Report on horse surra - Volume I
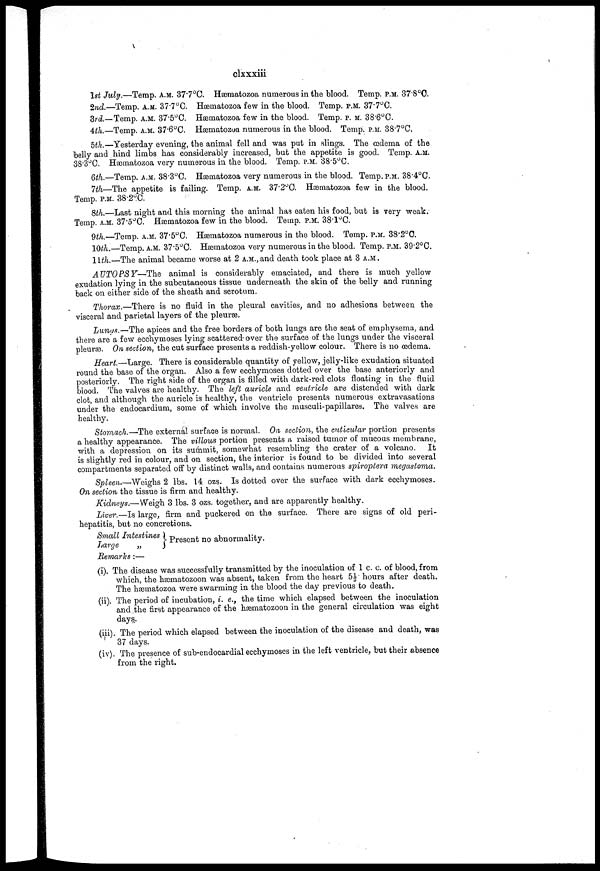
clxxxi
27th.—This morning the swelling on the right side is smaller in size and the tension is
considerably reduced. Temp. A.M. 37.5
. The hæmatozoa are numerous in the blood.
Temp. P.M. 37.lºC.
28th.—Condition unchanged. Temp. A.M. 85.7ºC. P.M. 35.lºC. Hæmatozoa swarm-
ing in the blood.
29 th.—The animal became weaker during the night and death took place somewhat
suddenly in the early morning.
AUTOPSY at 9 A.M. The body is somewhat emaciated, but there is no swelling or
oedema of the extremities or under-surface of the abdomen.
Thorax.—There is no fluid in the pleural cavities, or adhesions of the parietal and
visceral pleurae.
The lungs are dotted over with circumscribed, small extravasations of blood, which are
found to be lying under the visceral pleurae. On section, the tissues present a healthy appear-
ance.
Heart (weighs 5 lbs. 10 ozs).—There are a few drachms of an orange-coloured fluid in
the pericardial sac, but no petechiæ on the external surface of the organ. On section, there
are a few extravasations in the ventricles lying under the endocardial lining; auricles,
healthy.
Liver weighs 12 lbs. 7 ozs.—The convex surface of the organs shows old symptoms of
perihepatitis and is dotted over with small yellow bodies which on section are also found to
pervade the tissues.
Spleen weighs 6 lbs. 4 ozs.—Is large and the capsule is dotted over with small irregular-
shaped ecchymoses. On section the tissue is firm and healthy.
Kidneys.—The right weighs 1 lb. 8 ozs. the left 1 lb. 9 ozs. The organs are pale in
colour. There are no petechiæ on the surface and the capsules strip easily and on section
appear healthy though pale.
Stomach presents a healthy appearance on section.
Small intestines.—Present a few petechias dotted over the surface of the mucous mem-
brane. There is no ulceration and Peyer's patches are healthy. Large intestines are
healthy.
The chief points of interest in this case are :—
(i). That the disease can be communicated to an animal by inoculation of blood which
has remained in the cavities of the heart for sixteen hours after death.
(ii). The course of the pathological changes which succeeded the subcutaneous inocula-
tion of blood from the right and left ventricles in different situations of the same animal. In
the one instance septic organisms must have been present and injected with the blood from
the left ventricle, whilst aseptic blood was injected from the right.
(iii). The prolonged period of incubation, viz.:—Eleven"days, which must have been due
to the presence of immature forms of the hæmatozoon only in the injected blood.
(iv). The very low body temperature which persisted during the whole course of the
case, the highest degree registered being only 38.3ºC.
(v). The rapidly fatal termination, which occurred almost immediately after the
appearance of the hæmatozoa in the blood.
B 1086—46 ap